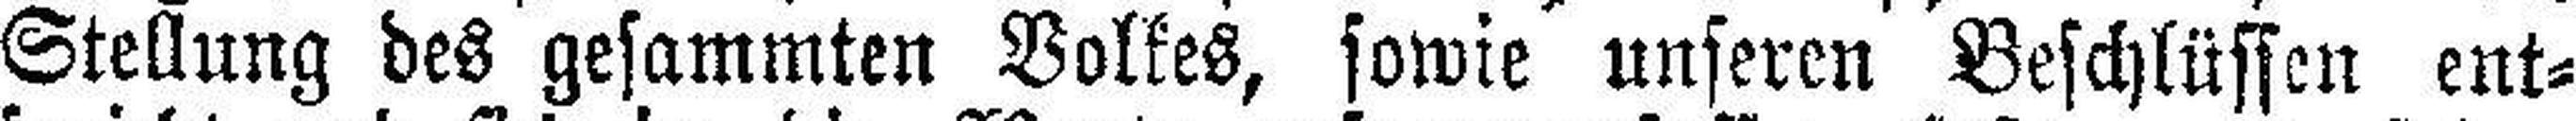
Stellung des gesammten Volkes, sowie unseren Beschlüssen ent¬